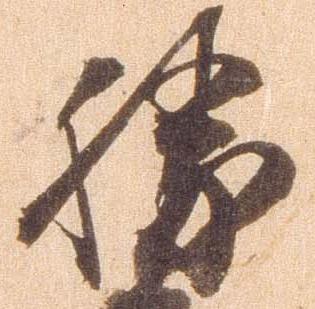
勝